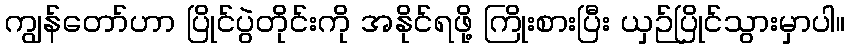
ကျွန်တော်ဟာ ပြိုင်ပွဲတိုင်းကို အနိုင်ရဖို့ ကြိုးစားပြီး ယှဉ်ပြိုင်သွားမှာပါ။